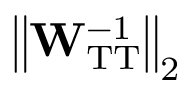
\left\Vert \mathbf { W } _ { \mathrm { T T } } ^ { - 1 } \right\Vert _ { 2 }